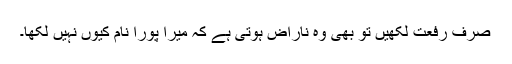
صرف رفعت لکھیں تو بھی وہ ناراض ہوتی ہے کہ میرا پورا نام کیوں نہیں لکھا۔